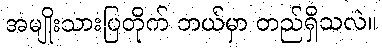
အမျိုးသားပြတိုက် ဘယ်မှာ တည်ရှိသလဲ။